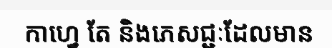
កាហ្វេ តែ និងភេសជ្ជៈដែលមាន